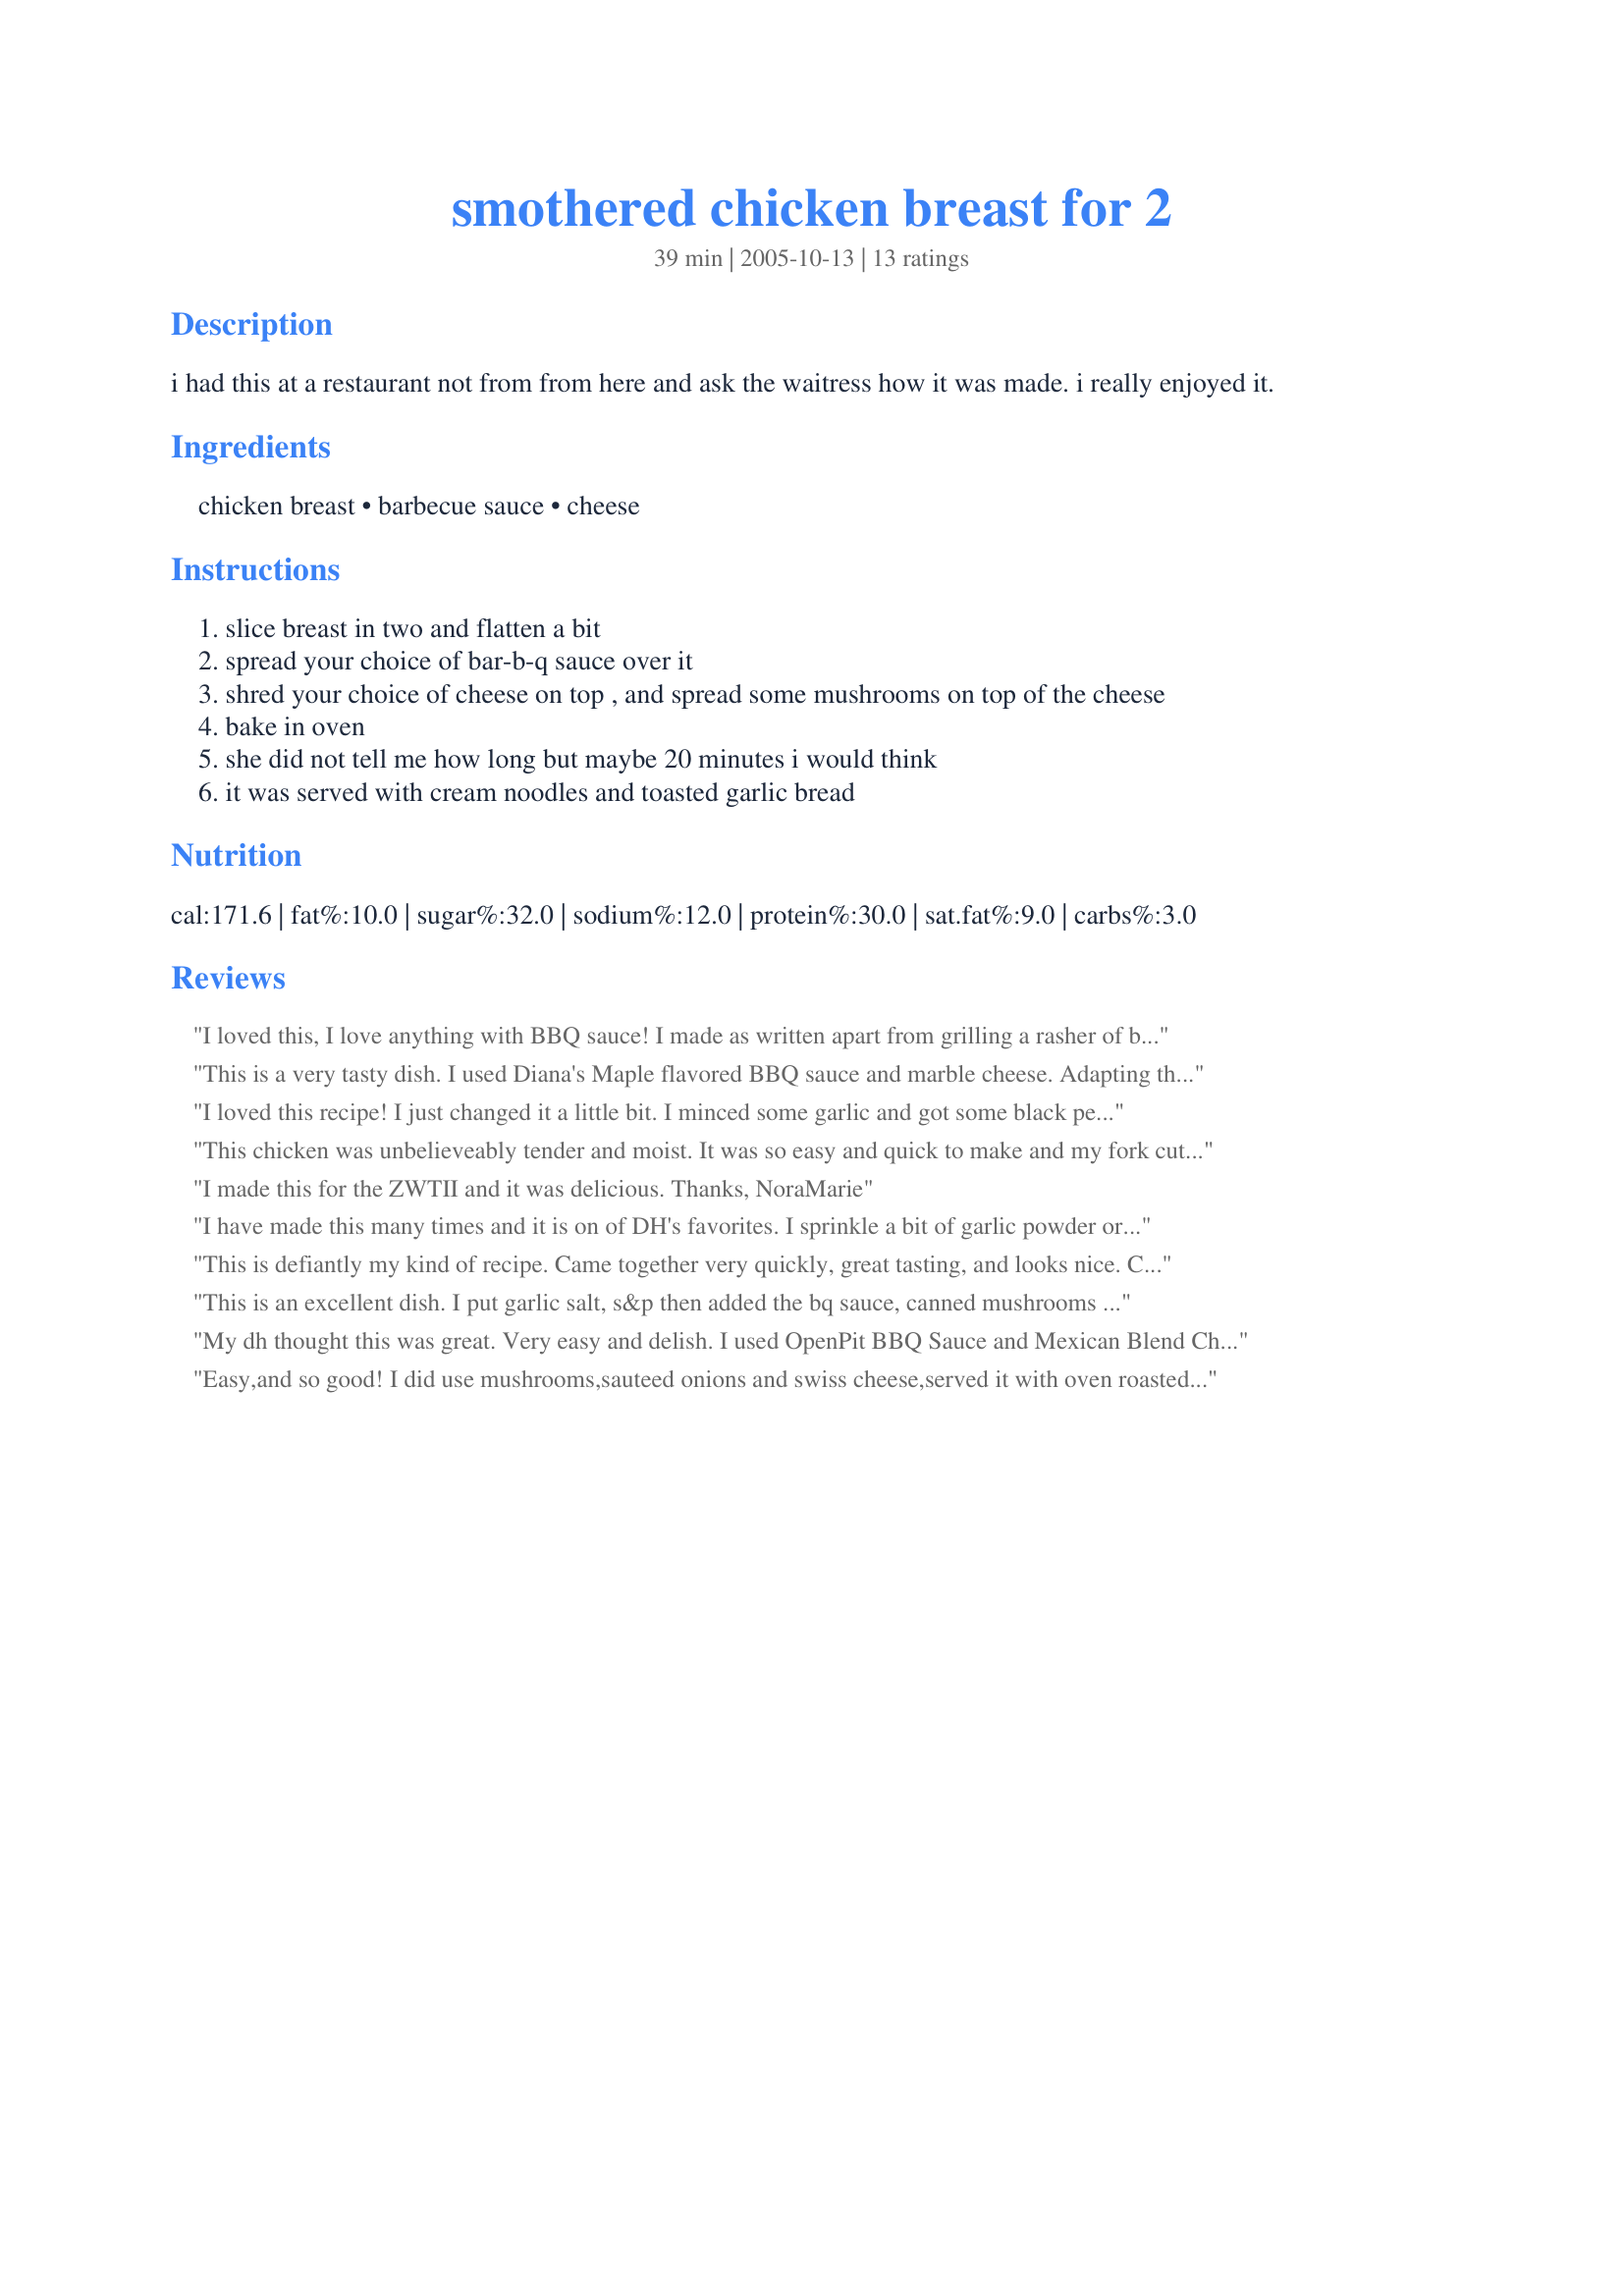
smothered chicken breast for 2
Preparation time: 39 minutes

i had this at a restaurant not from from here and ask the waitress how it was made. i really enjoyed it.

Ingredients:
chicken breast, barbecue sauce, cheese

Steps:
slice breast in two and flatten a bit
spread your choice of bar-b-q sauce over it
shred your choice of cheese on top , and spread some mushrooms on top of the cheese
bake in oven
she did not tell me how long but maybe 20 minutes i would think
it was served with cream noodles and toasted garlic bread

Reviews:
I loved this, I love anything with BBQ sauce! I made as written apart from grilling a rasher of bacon per chicken breast and placing that and the mushrooms (which I softened in a little butter beforehand) under the cheese so the melted cheese coated everything! Lovely! Made for ZWT3 '07. Thank you!
This is a very tasty dish. I used Diana's Maple flavored BBQ sauce and marble cheese. Adapting this to 3 breasts was no problem. :)
I loved this recipe! I just changed it a little bit. I minced some garlic and got some black pepper and put them into the barbeque sauce and crumbled some bacon on top of the chicken with the mushrooms. It was great! Next time I will probably put some barbeque chicken seasoning on the chicken.
This chicken was unbelieveably tender and moist. It was so easy and quick to make and my fork cut through it like butter. I topped mine off with grilled onions instead of the mushrooms and cheese making it a little lower in fat. Next time I will definitely try it with some cheese. Made for January, 2008 Bevy Tag.
I made this for the ZWTII and it was delicious.
Thanks,
NoraMarie
I have made this many times and it is on of DH's favorites. I sprinkle a bit of garlic powder or bacon bits on the chicken first. Sometimes the simple things in life are the best! Thanks for sharing. :)
This is defiantly my kind of recipe. Came together very quickly, great tasting, and looks nice. Can not tell that by the photo as the flash and the cheese made a glare mark and oh to bad for you I ate it before checking the photo. So sorry. Made using mushrooms and jack cheese. Had thin cut chicken breast that baked in 20 minutes at 375* F. Really is a quick and easy dinner. Thanks for the post.
This is an excellent dish. I put garlic salt, s&p then added the bq sauce, canned mushrooms and low fat mexican cheese. The chicken is extremely moist and delicious!!! Thanks for a great recipe.
My dh thought this was great. Very easy and delish. I used OpenPit BBQ Sauce and Mexican Blend Cheese. I also sprinkle some Onion and Herb Mrs. Dash on the Chicken. I did top with the mushrooms and I baked it at 375 for 30 minutes. My dh said I did have to make it again. lol. Thank you!
Easy,and so good!
I did use mushrooms,sauteed onions and swiss cheese,served it with oven roasted sweet potatoes and a green salad,it was wonderful.Had a nice chilled pils with it and icecream for desert!
Thank you for sharing this recipe.
Easy Easy Easy!!!!! I used Muenster, button shrooms, I sprinkled with Bella's Crazy Pepper! Great Stuff!!!! Mmmmmm....I used Bourbon BBQ Sauce. Quite tasty and will double for guests...as it was a big hit with Hubby!!! :)<br/>Hugs, Jelly<br/>I made this to honor a fine loving man, my good friend Nora's better half who has recently passed. Love you Nora.
Wow! This was so good and incredibly easy. The recipe could be a little more specific about amounts, time and temp, but I winged it and it was so great. I used thin cut chicken breast cutlets so I didn't have to slice them. I'd say I used about 1/4 cup of Vermont sharp cheddar cheese on each piece of chicken and I baked at 375*. They were done in about 20-25 minutes but they were thin, so I guess this is something that will depend on your chicken. Before putting on the sauce and cheese, I sprinkled each piece with salt and McCormick's fresh ground pizza seasoning. I also fried some onions in butter and served on the side for anyone who wanted them on top. The entire family really enjoyed this and we will have this again and again. Thanks for posting this! (Photo Swap 2005)
So simple and so yummy. I used a hickory smoke barbecue sauce and a 4-blend cheese. Quick and good. Thanks NoraMarie for a nice treat. Made for All You Can Cook Buffet special.
